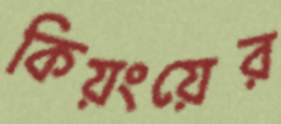
কিয়ংয়ের